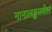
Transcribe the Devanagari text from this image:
नानालङ्कारदीप्तं